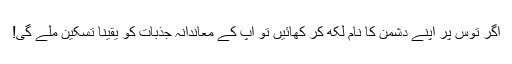
اگر توس پر اپنے دشمن کا نام لکھ کر کھائیں تو آپ کے معاندانہ جذبات کو یقیناً تسکین ملے گی!